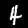
Label: 4